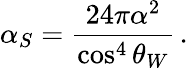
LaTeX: \alpha_{S}=\frac{24\pi\alpha^{2}}{\cos^{4}\theta_{W}}\, .